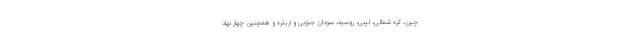
چین، کره شمالی، لیبی، روسیه، سودان جنوبی و اریتره و همچنین چهار نهاد